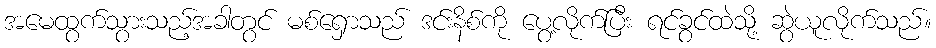
အမေထွက်သွားသည့်အခါတွင် မစ်ရှောသည် ဒင်းနိစ်ကို ပွေ့လိုက်ပြီး ရင်ခွင်ထဲသို့ ဆွဲယူလိုက်သည်။